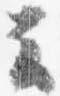
云